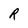
Character: R